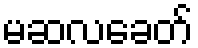
မဆလခေတ်